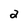
Character: 2